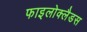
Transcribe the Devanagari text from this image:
फाइलोक्लैडस